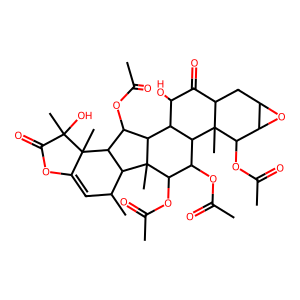
SMILES: CC(=O)OC1C(OC(C)=O)C2(C)C(C(OC(C)=O)C3C2C(C)C=C2OC(=O)C(C)(O)C23C)C2C(O)C(=O)C3CC4OC4C(OC(C)=O)C3(C)C12
Inhibits HIV replication: No